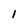
Character: 1